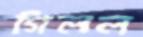
গিলল